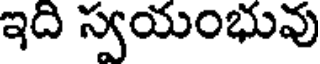
ఇది స్వయంభువు